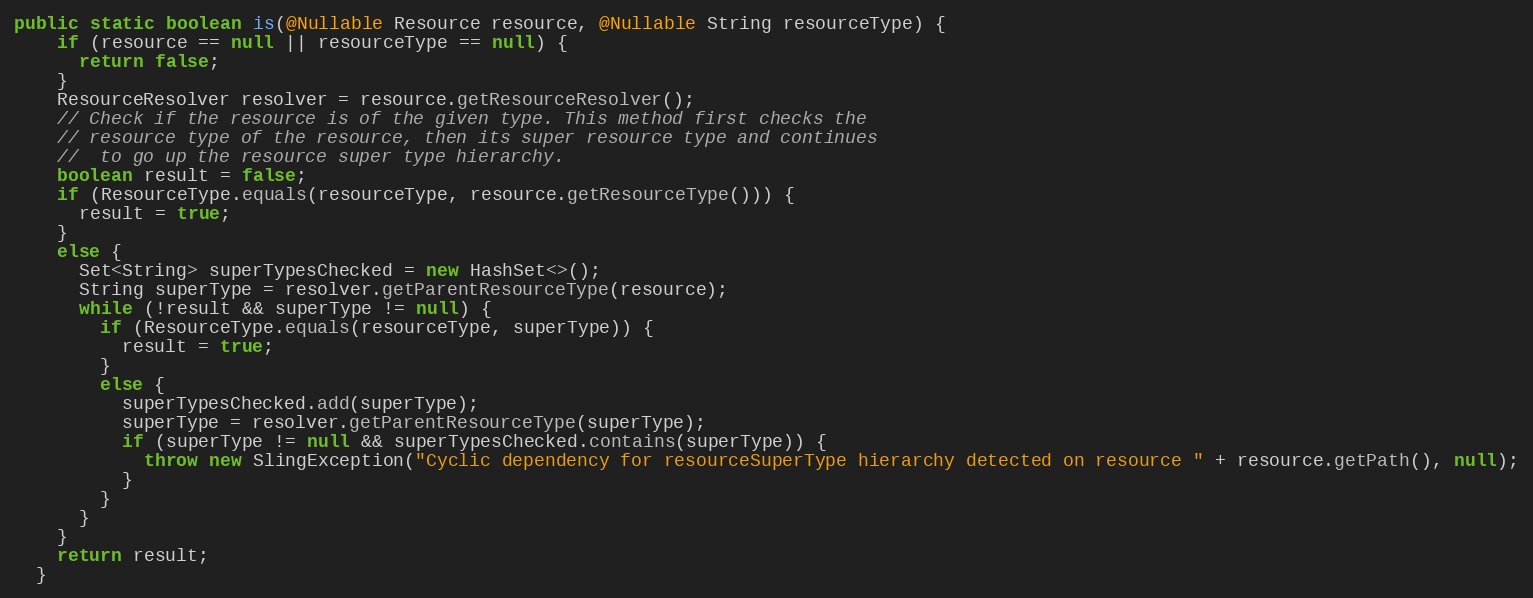
Language: Java
public static boolean is(@Nullable Resource resource, @Nullable String resourceType) {
    if (resource == null || resourceType == null) {
      return false;
    }
    ResourceResolver resolver = resource.getResourceResolver();
    // Check if the resource is of the given type. This method first checks the
    // resource type of the resource, then its super resource type and continues
    //  to go up the resource super type hierarchy.
    boolean result = false;
    if (ResourceType.equals(resourceType, resource.getResourceType())) {
      result = true;
    }
    else {
      Set<String> superTypesChecked = new HashSet<>();
      String superType = resolver.getParentResourceType(resource);
      while (!result && superType != null) {
        if (ResourceType.equals(resourceType, superType)) {
          result = true;
        }
        else {
          superTypesChecked.add(superType);
          superType = resolver.getParentResourceType(superType);
          if (superType != null && superTypesChecked.contains(superType)) {
            throw new SlingException("Cyclic dependency for resourceSuperType hierarchy detected on resource " + resource.getPath(), null);
          }
        }
      }
    }
    return result;
  }